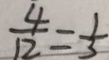
\frac { 4 } { 1 2 } = \frac { 1 } { 3 }